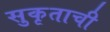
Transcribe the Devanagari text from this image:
सुकृताची